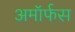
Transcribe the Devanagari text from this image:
अमॉर्फस